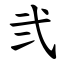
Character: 弐